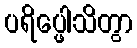
ပရိပ္ဖေါသိတွာ